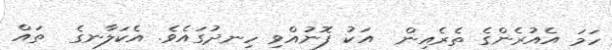
ހަމަ އެއުރެންގެ ތެރެއިން  އަކު ފޮނުއްވި ހިނދުގައެވެ. އެކަލާނގެ  ތައް